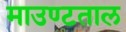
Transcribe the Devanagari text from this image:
माउण्टताल